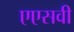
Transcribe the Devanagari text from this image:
एएसवी